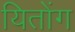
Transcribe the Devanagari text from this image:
यितोंग